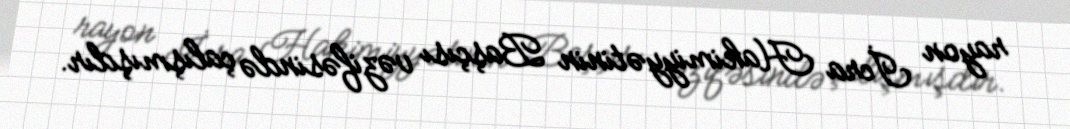
rayon İcra Hakimiyyətinin Başçısı vəzifəsində çalışmışdır.